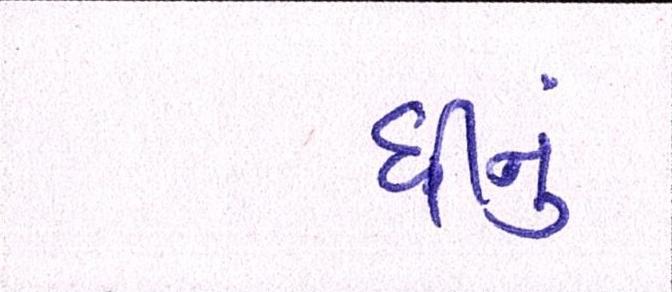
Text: ઘીનું